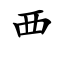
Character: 覀